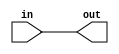
module mod(
	input in,
	output out
);

assign out = in;

endmodule